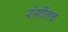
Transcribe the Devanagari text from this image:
रंगीतच